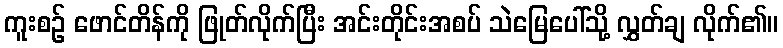
ကူးစဉ် ဖောင်တိန်ကို ဖြုတ်လိုက်ပြီး အင်းတိုင်းအစပ် သဲမြေပေါ်သို့ လွှတ်ချ လိုက်၏။